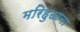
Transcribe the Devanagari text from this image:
मरिहुआना